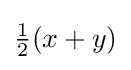
{\tfrac {1}{2}}(x+y)